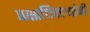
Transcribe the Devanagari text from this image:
पक्षाधिकाऱ्यांनी